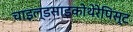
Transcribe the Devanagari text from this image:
चाइल्डसाइकोथेरेपिस्ट